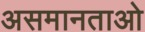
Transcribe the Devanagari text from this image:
असमानताओ